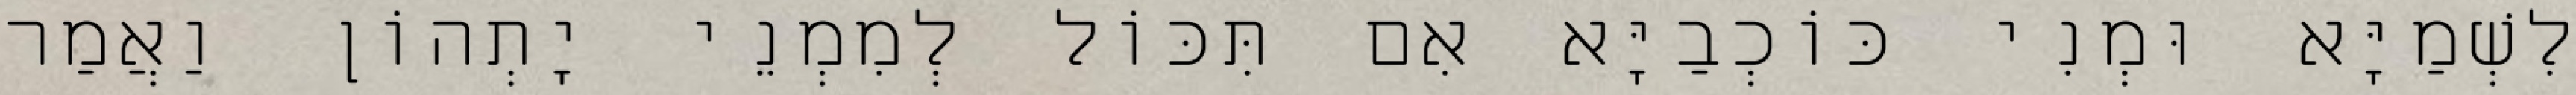
לִשְׁמַיָּא וּמְנִי כּוֹכְבַיָּא אִם תִּכּוֹל לְמִמְנֵי יָתְהוֹן וַאֲמַר